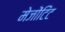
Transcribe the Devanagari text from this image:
मेजोंटिंट